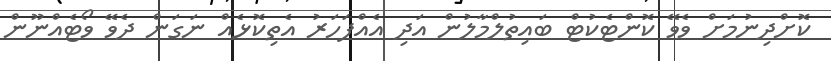
ކޮށްދިނުމަށް ވެވޭ ކޮންޓެކުޓް ބައިތުލްމާލުން އަދި އެއްފަހަރު އެތިކޮޅެއް ނަގަން ދެވޭ ވޯޓެއްނޫން